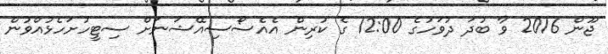
ޖޫން 2016 ވާ ބުދަ ދުވަހުގެ 12:00 ގެ ކުރިން އެއެސޯސިއޭޝަނަށް ސިޓީހުށަހެޅުއްވުން